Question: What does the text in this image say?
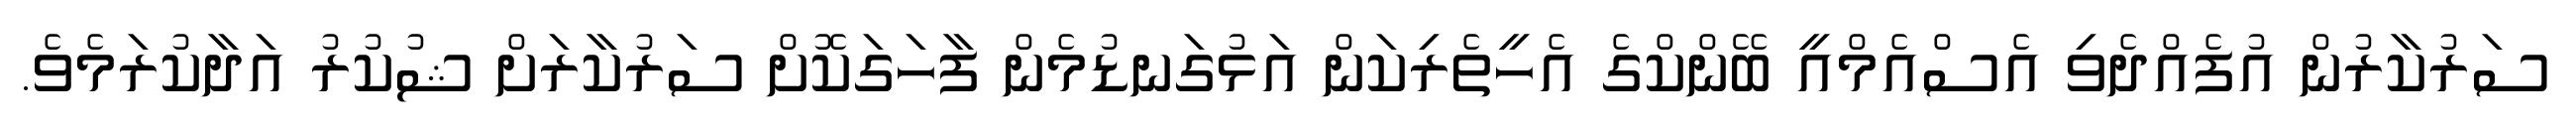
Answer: ސަރުކާރުން އުފެއްދެވި އެސްއެމްއީ ބޭންކްގެ އެހީތެރިކަން އަޅުގަނޑުމެން ފާހަގަކޮށް ސަރުކާރަށް ޝުކުރު އަދާކުރަމެވެ.